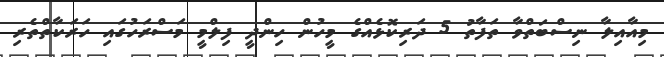
މިއާއިލާ ނިސްބަތްވާ ތަފާތު 5 ދަރިކޮޅެއްގެ މީހުން ހިންދީ ފިލްމީ މަސްރަހުގައި ހަރަކާތްތެރި